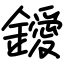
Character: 鑀